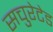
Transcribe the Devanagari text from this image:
सचुरेटेड